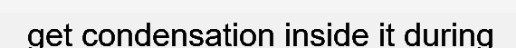
get condensation inside it during